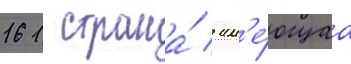
161 страна́ / им'е́ющаа